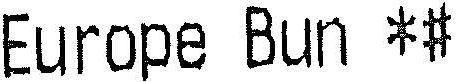
EUROPE BUN *#